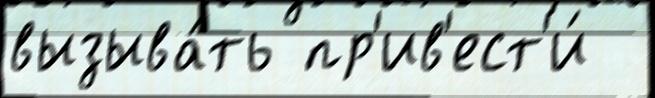
вызыва́ть пр'ив'ест'и́